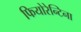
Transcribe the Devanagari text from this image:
फियोरेन्टिना